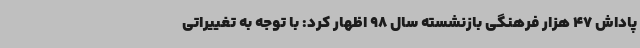
پاداش 47 هزار فرهنگی بازنشسته سال 98 اظهار کرد: با توجه به تغییراتی